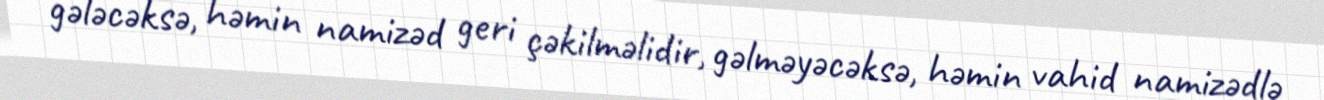
gələcəksə, həmin namizəd geri çəkilməlidir, gəlməyəcəksə, həmin vahid namizədlə